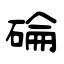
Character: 碖